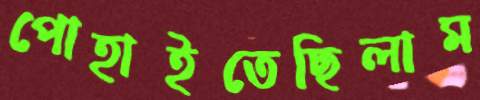
পোহাইতেছিলাম